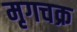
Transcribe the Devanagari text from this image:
मृगचक्र